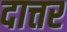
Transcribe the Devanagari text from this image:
दात्तर